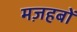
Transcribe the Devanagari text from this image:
मज़हबों